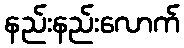
နည်းနည်းလောက်